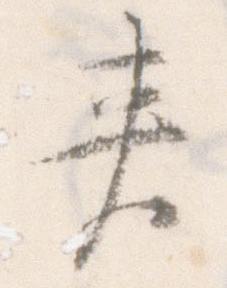
夾